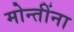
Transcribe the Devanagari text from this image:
मोन्तींना